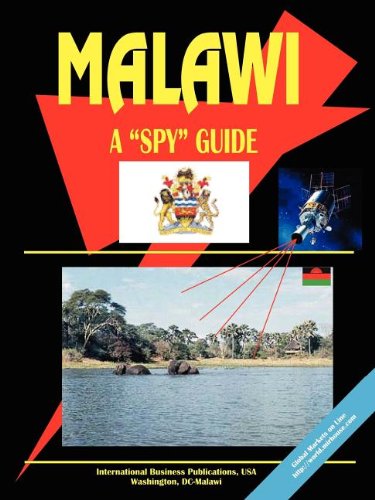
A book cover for Malawi A Spy Guide; Ibp Usa; Travel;